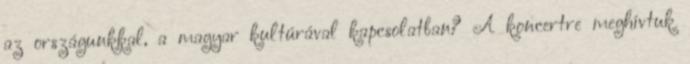
az országunkkal, a magyar kultúrával kapcsolatban? A koncertre meghívtuk